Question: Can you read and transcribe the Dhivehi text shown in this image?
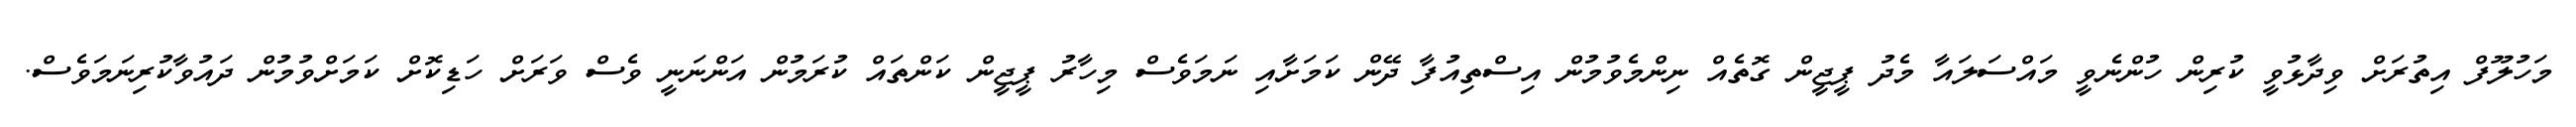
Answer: މަހުލޫފް އިތުރަށް ވިދާޅުވީ ކުރިން ހުންނެވީ މައްސަލައާ މެދު ޕީޖީން ގޮތެއް ނިންމެވުމުން އިސްތިއުފާ ދޭން ކަމަށާއި ނަމަވެސް މިހާރު ޕީޖީން ކަންތައް ކުރަމުން އަންނަނީ ވެސް ވަރަށް ހަޑިކޮށް ކަމަށްވުމުން ދައުވާކުރިނަމަވެސް.